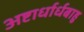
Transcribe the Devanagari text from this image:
अष्टार्धार्धबाहु